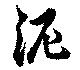
泥